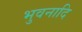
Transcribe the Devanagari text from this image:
भुवनादि